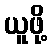
ယူဖို့